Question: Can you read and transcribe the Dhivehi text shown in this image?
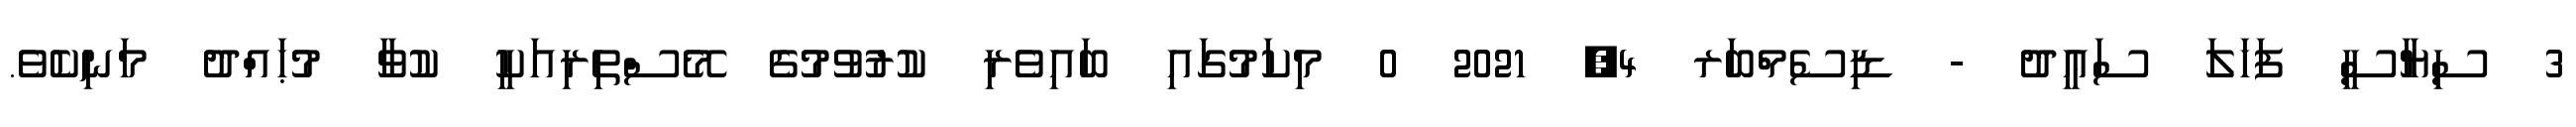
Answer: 3 ސިޔާސީ ފަހަލަ ސަޢީދު - ޑިސެމްބަރ 4, 2021 0 މިކަމުގައި ބައިވެރި ކުރުވުމުގެ މޭސްތިރިއަކީ ކުވާ މުޙައްދު މަނިކެވެ.